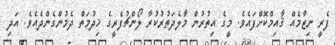
ފެރީ ނިޒާމެއް ޤާއިމްކޮށްފައެވެ. މީގެ އިތުރުން މާލެދަތުރުކުރާ ލޯންޗުފެރީގެ ޚިދުމަތް ދެމުންގެންދެއެވެ. އަދި